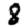
Digit: 8